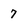
Character: 7